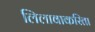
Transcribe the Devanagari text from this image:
लिलावाकरिता